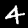
Digit: 4